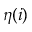
\eta ( i )